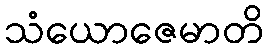
သံယောဇေမာတိ